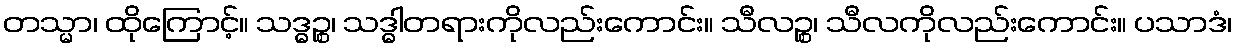
တသ္မာ၊ ထိုကြောင့်။ သဒ္ဓဉ္စ၊ သဒ္ဓါတရားကိုလည်းကောင်း။ သီလဉ္စ၊ သီလကိုလည်းကောင်း။ ပသာဒံ၊